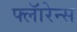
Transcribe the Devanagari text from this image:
फ्लॅारेन्स